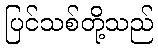
ပြင်သစ်တို့သည်